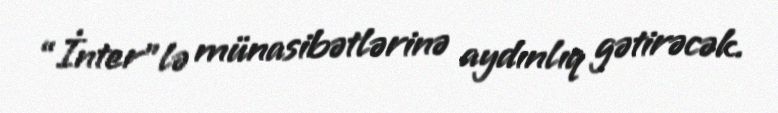
“İnter”lə münasibətlərinə aydınlıq gətirəcək.